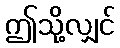
ဤသို့လျှင်